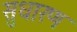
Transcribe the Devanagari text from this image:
सुधारण